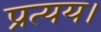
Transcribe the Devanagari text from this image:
प्रत्यय।